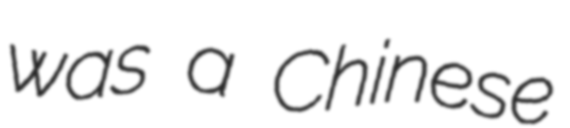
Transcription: was a Chinese